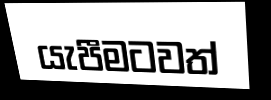
යැපීමටවත්